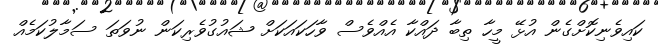
ކައިވެނިކޮށްގެން އުޅޭ މީހާ ތިބާ ދައްކާ އެއްވެސް ވާހަކައަކަށް ޝައުގުވެރިކަން ނުވަތަ ސަމާލުކަމެއް